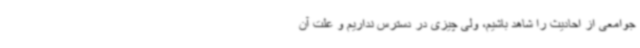
جوامعی از احادیث را شاهد باشیم، ولی چیزی در دسترس نداریم و علت آن